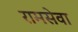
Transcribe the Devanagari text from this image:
रामसेवा